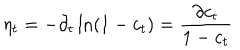
\eta _ { t } = - \partial _ { t } \ln ( 1 - c _ { t } ) = \frac { \partial c _ { t } } { 1 - c _ { t } }